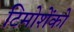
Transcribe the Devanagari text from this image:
टिमोशेंको